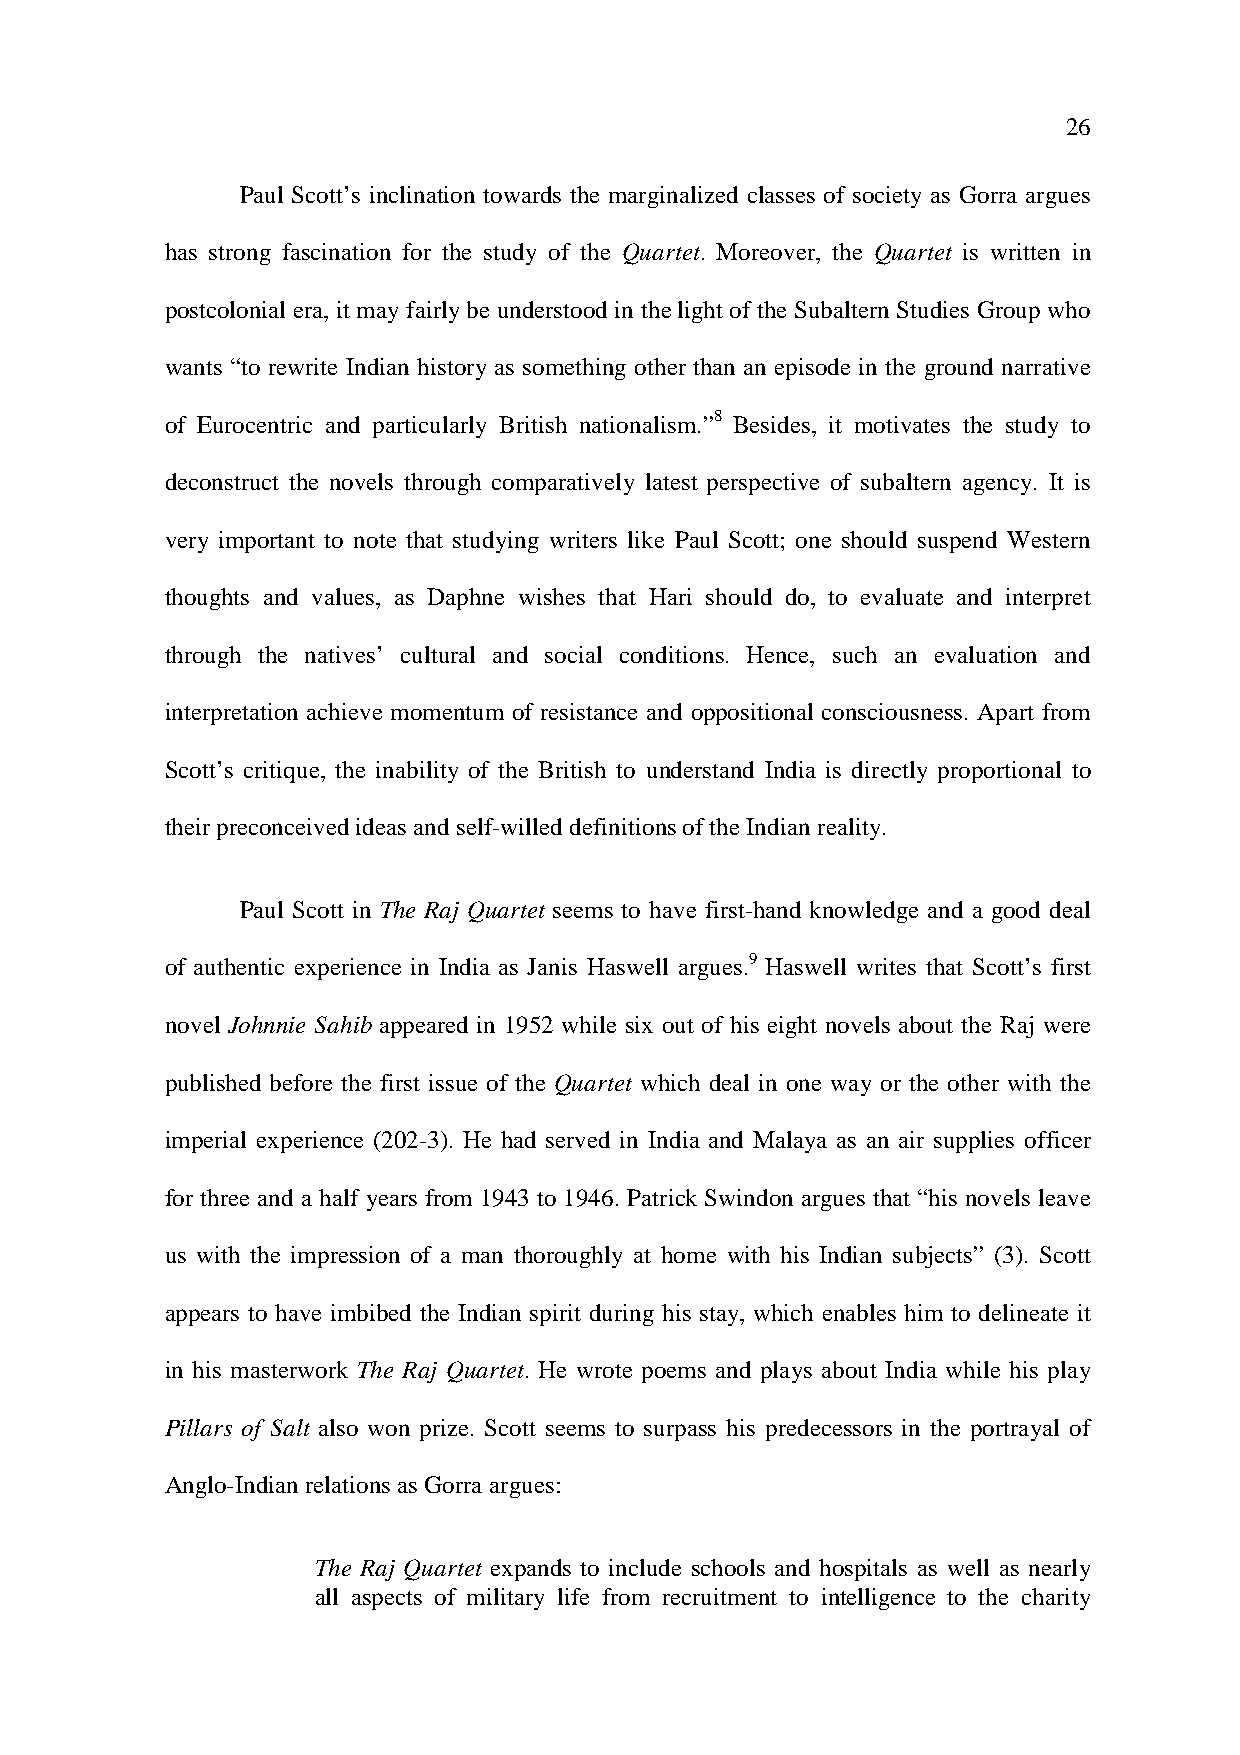
26
 Paul Scott’s inclination towards the marginalized classes of society as Gorra argues
 has strong fascination for the study of the Quartet. Moreover, the Quartet is written in
 postcolonial era, it may fairly be understood in the light of the Subaltern Studies Group who
 wants “to rewrite Indian history as something other than an episode in the ground narrative
 of Eurocentric and particularly British nationalism.”8 Besides, it motivates the study to
 deconstruct the novels through comparatively latest perspective of subaltern agency. It is
 very important to note that studying writers like Paul Scott; one should suspend Western
 thoughts and values, as Daphne wishes that Hari should do, to evaluate and interpret
 through the natives’ cultural and social conditions. Hence, such an evaluation and
 interpretation achieve momentum of resistance and oppositional consciousness. Apart from
 Scott’s critique, the inability of the British to understand India is directly proportional to
 their preconceived ideas and self-willed definitions of the Indian reality.
 Paul Scott in The Raj Quartet seems to have first-hand knowledge and a good deal
 of authentic experience in India as Janis Haswell argues.9 Haswell writes that Scott’s first
 novel Johnnie Sahib appeared in 1952 while six out of his eight novels about the Raj were
 published before the first issue of the Quartet which deal in one way or the other with the
 imperial experience (202-3). He had served in India and Malaya as an air supplies officer
 for three and a half years from 1943 to 1946. Patrick Swindon argues that “his novels leave
 us with the impression of a man thoroughly at home with his Indian subjects” (3). Scott
 appears to have imbibed the Indian spirit during his stay, which enables him to delineate it
 in his masterwork The Raj Quartet. He wrote poems and plays about India while his play
 Pillars of Salt also won prize. Scott seems to surpass his predecessors in the portrayal of
 Anglo-Indian relations as Gorra argues:
 The Raj Quartet expands to include schools and hospitals as well as nearly
 all aspects of military life from recruitment to intelligence to the charity